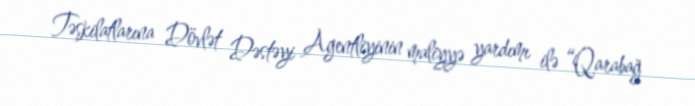
Təşkilatlarına Dövlət Dəstəyi Agentliyinin maliyyə yardımı ilə “Qarabağ